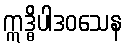
ဣဒ္ဓိပါဒဝသေန